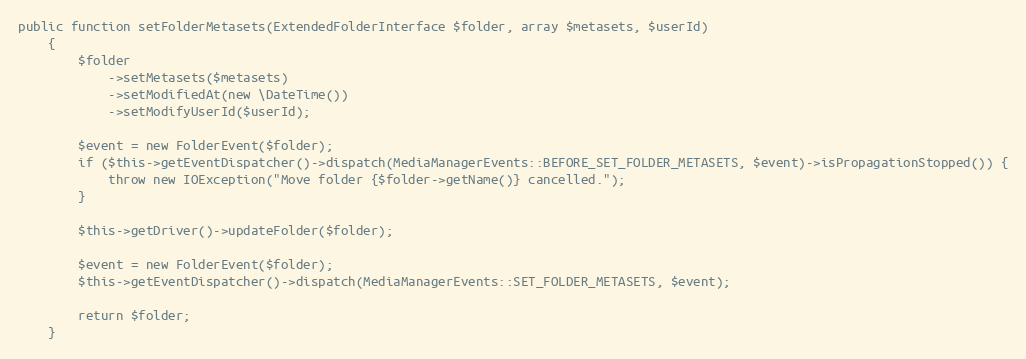
Language: PHP
public function setFolderMetasets(ExtendedFolderInterface $folder, array $metasets, $userId)
    {
        $folder
            ->setMetasets($metasets)
            ->setModifiedAt(new \DateTime())
            ->setModifyUserId($userId);

        $event = new FolderEvent($folder);
        if ($this->getEventDispatcher()->dispatch(MediaManagerEvents::BEFORE_SET_FOLDER_METASETS, $event)->isPropagationStopped()) {
            throw new IOException("Move folder {$folder->getName()} cancelled.");
        }

        $this->getDriver()->updateFolder($folder);

        $event = new FolderEvent($folder);
        $this->getEventDispatcher()->dispatch(MediaManagerEvents::SET_FOLDER_METASETS, $event);

        return $folder;
    }